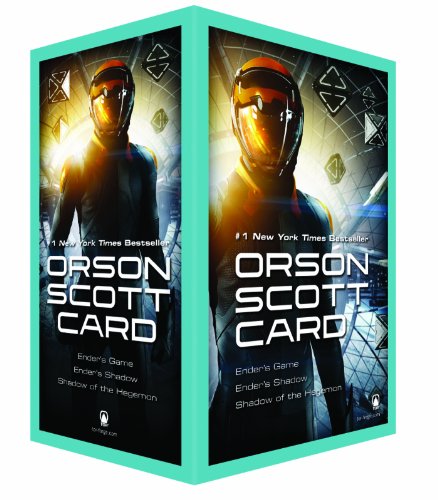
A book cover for Ender's Game Boxed Set I: Ender's Game, Ender's Shadow, Shadow of the Hegemon (The Ender Quintet); Orson Scott Card; Science Fiction & Fantasy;